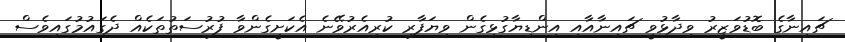
ޗައިނާގެ ބޮޑުވަޒީރު ވިދާޅުވީ ޗައިނާއާއި އިންޑިޔާގުޅިގެން ވިޔަފާރި ކުރިއެރުވޭނެ އެކަށީގެންވާ ފުރުސަތުތަކެއް ދެގައުމުގައިވެސް